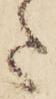
た